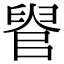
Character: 𦥳